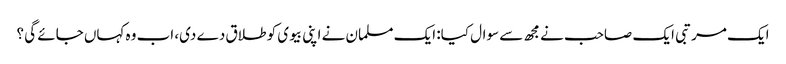
ایک مرتبی ایک صاحب نے مجھ سے سوال کیا: ایک مسلمان نے اپنی بیوی کو طلاق دے دی، اب وہ کہاں جائے گی ؟